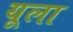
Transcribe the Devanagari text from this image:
यूला